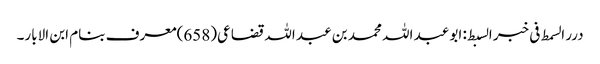
درر السمط فی خبر السبط: ابو عبد اللہ محمد بن عبد اللہ قضاعی(658)معرف بنام ابن الابار۔